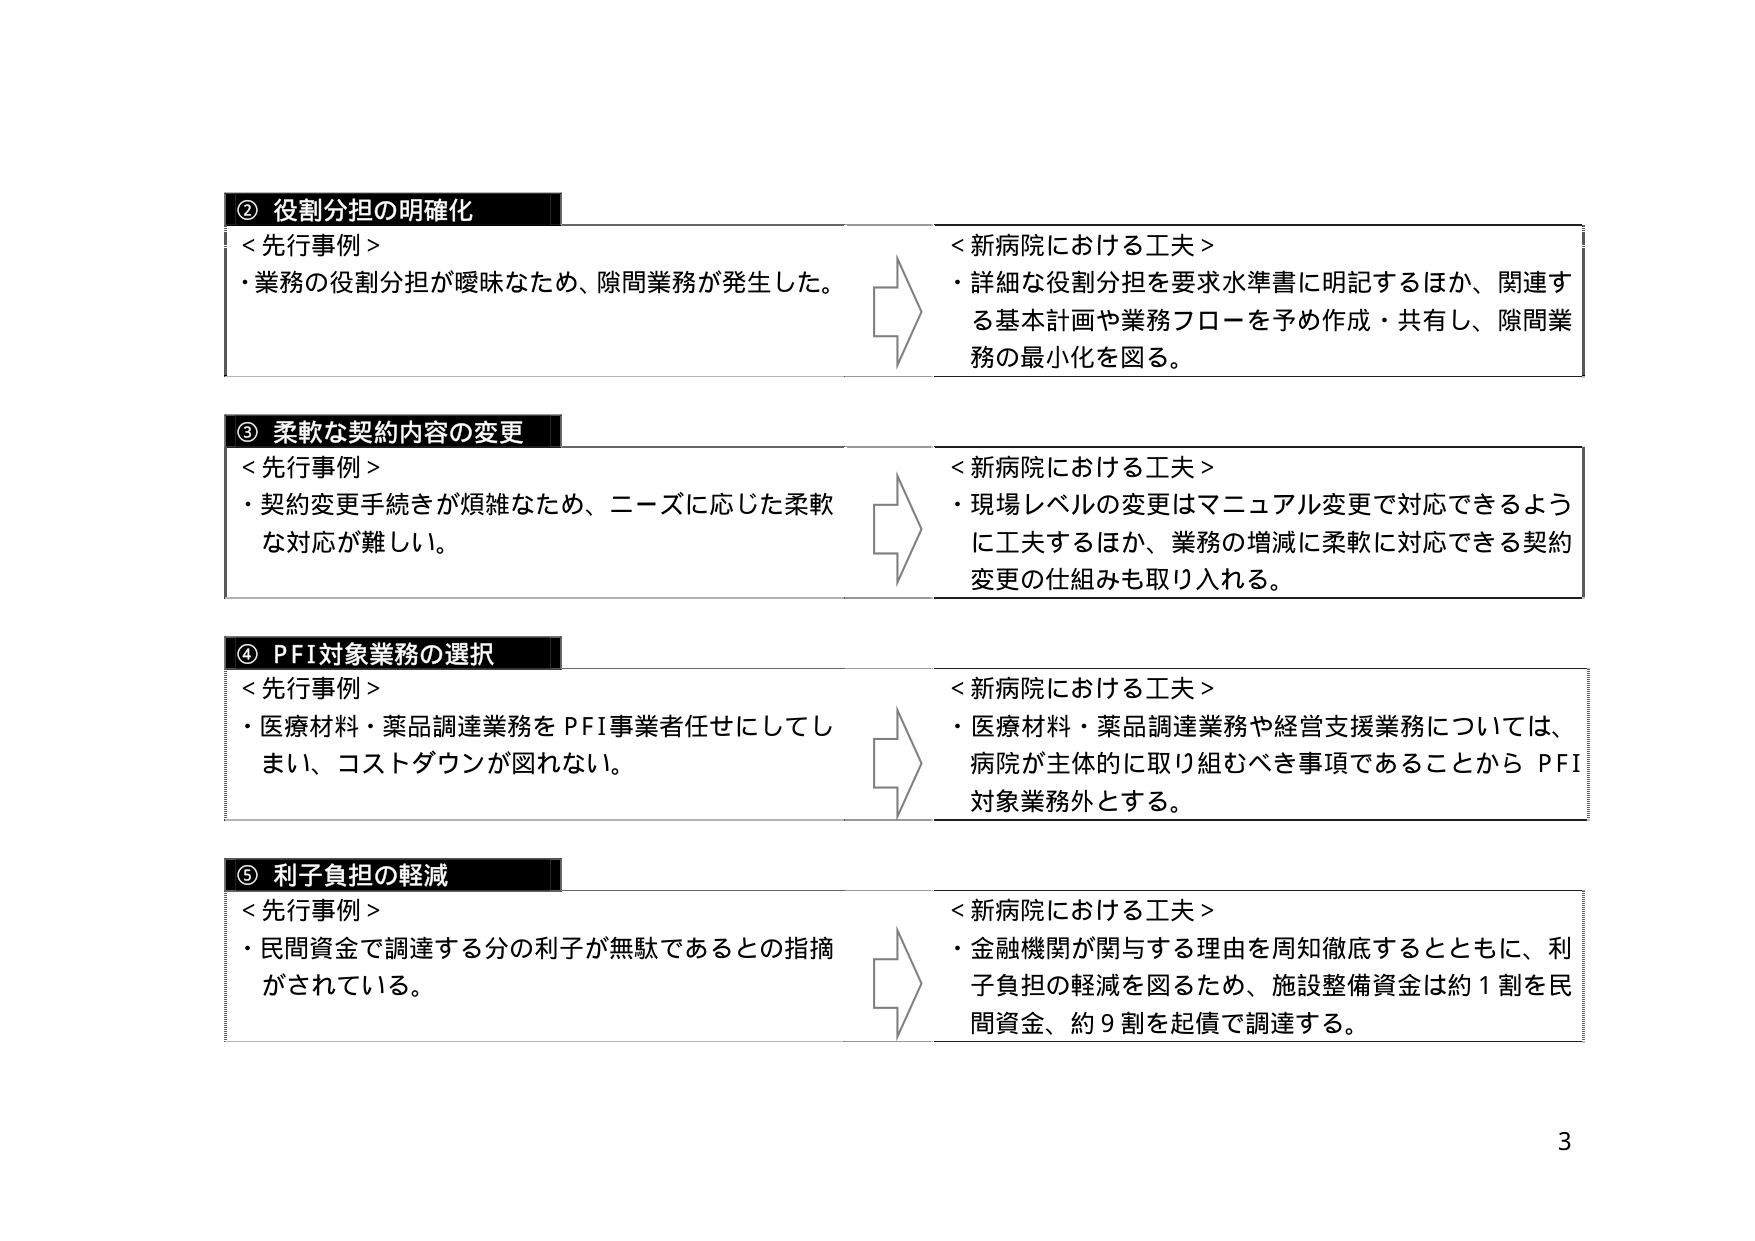
② 役割分担の明確化
＜先行事例＞
・業務の役割分担が曖昧なため、隙間業務が発生した。
＜新病院における工夫＞
・詳細な役割分担を要求水準書に明記するほか、関連する基本計画や業務フローを予め作成・共有し、隙間業務の最小化を図る。

③ 柔軟な契約内容の変更
＜先行事例＞
・契約変更手続きが煩雑なため、ニーズに応じた柔軟な対応が難しい。
＜新病院における工夫＞
・現場レベルの変更はマニュアル変更で対応できるように工夫するほか、業務の増減に柔軟に対応できる契約変更の仕組みも取り入れる。

④ PFI対象業務の選択
＜先行事例＞
・医療材料・薬品調達業務をPFI事業者任せにしてしまい、コストダウンが図れない。
＜新病院における工夫＞
・医療材料・薬品調達業務や経営支援業務については、病院が主体的に取り組むべき事項であることからPFI対象業務外とする。

⑤ 利子負担の軽減
＜先行事例＞
・民間資金で調達する分の利子が無駄であるとの指摘がされている。
＜新病院における工夫＞
・金融機関が関与する理由を周知徹底するとともに、利子負担の軽減を図るため、施設整備資金は約1割を民間資金、約9割を起債で調達する。

3